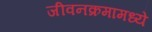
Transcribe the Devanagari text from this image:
जीवनक्रमामध्ये